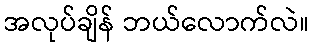
အလုပ်ချိန် ဘယ်လောက်လဲ။